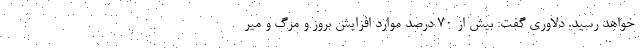
خواهد رسید. دلاوری گفت: بیش از ۷۰ درصد موارد افزایش بروز و مرگ و میر